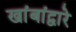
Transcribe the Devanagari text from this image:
खांबांद्वारे